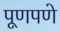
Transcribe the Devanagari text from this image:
पूणपणे